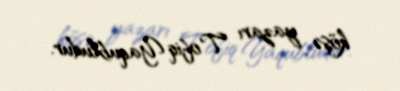
köşə yazarı Tofiq Yaqubludur.